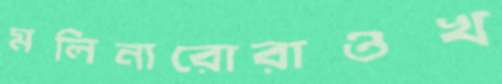
মলিনারোরাওখ